Indian journal of veterinary science and animal husbandry - Volumes 15-17, 1948-1951
Year: 1948
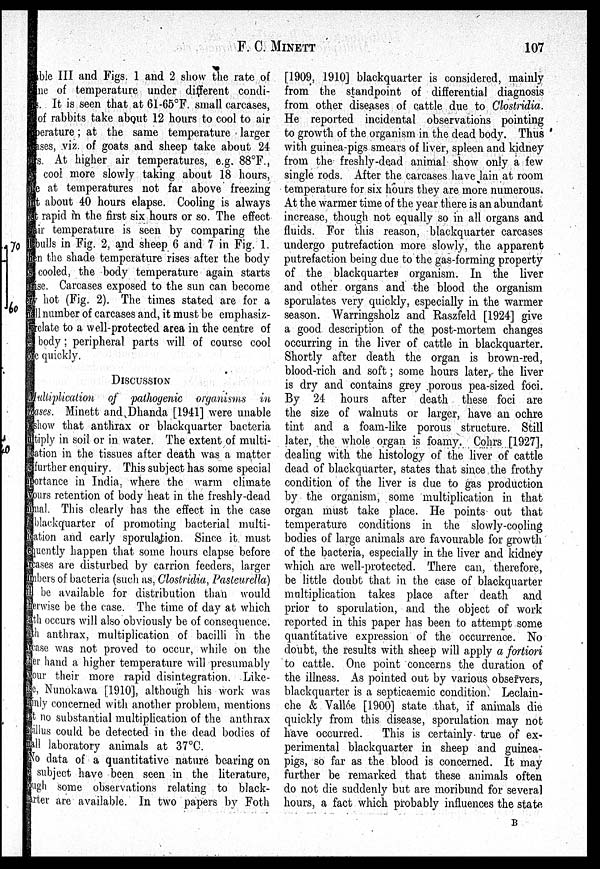
F. C. MINETT
107
ble III and Figs. 1 and 2 show the rate of
ne of temperature under different condi-
It is seen that at 61-65°F. small carcases,
of rabbits take about 12 hours to cool to air
erature; at the same temperature larger
cases, viz. of goats and sheep take about 24
s. At higher air temperatures, e.g. 88ºF.,
cool more slowly taking about 18 hours,
e at temperatures not far above freezing
t about 40 hours elapse. Cooling is always
t rapid in the first six hours or so. The effect
tir temperature is seen by comparing the
bulls in Fig. 2, and sheep 6 and 7 in Fig. 1.
m the shade temperature rises after the body
cooled, the body temperature again starts
ise. Carcases exposed to the sun can become
hot (Fig. 2). The times stated are for a
ll number of carcases and, it must be emphasiz-
relate to a well-protected area in the centre of
body; peripheral parts will of course cool
e quickly.
DISCUSSION
Mulliplication of pathogenic organisms in
ases. Minett and Dhanda [1941] were unable
show that anthrax or blackquarter bacteria
tiply in soil or in water. The extent of multi-
ation in the tissues after death was a matter
further enquiry. This subject has some special
ortance in India, where the warm climate
ours retention of body heat in the freshly-dead
nal. This clearly has the effect in the case
blackquarter of promoting bacterial multi-
ation and early sporulation. Since it must
quently happen that some hours elapse before
cases are disturbed by carrion feeders, larger
bers of bacteria, (such as, Clostridia, Pasteurella)
be available for distribution than would
erise be the case. The time of day at which
th occurs will also obviously be of consequence.
h anthrax, multiplication of bacilli in the
case was not proved to occur, while on the
er hand a higher temperature will presumably
our their more rapid disintegration. Like-
c, Nunokawa [1910], although his work was
inly concerned with another problem, mentions
t no substantial multiplication of the anthrax
illus could be detected in the dead bodies of
ill laboratory animals at 37°C.
No data of a quantitative nature bearing on
subject have been seen in the literature,
ugh some observations relating to black-
rter are available. In two papers by Foth
[1909, 1910] blackquarter is considered, mainly
from the standpoint of differential diagnosis
from other diseases of cattle due to Clostridia.
He reported incidental observations pointing
to growth of the organism in the dead body. Thus
with guinea-pigs smears of liver, spleen and kidney
from the freshly-dead animal show only a few
single rods. After the carcases have lain at room
temperature for six hours they are more numerous.
At the warmer time of the year there is an abundant
increase, though not equally so in all organs and
fluids. For this reason, blackquarter carcases
undergo putrefaction more slowly, the apparent
putrefaction being due to the gas-forming property
of the blackquarter organism. In the liver
and other organs and the blood the organism
sporulates very quickly, especially in the warmer
season. Warringsholz and Raszfeld [1924] give
a good description of the post-mortem changes
occurring in the liver of cattle in blackquarter.
Shortly after death the organ is brown-red,
blood-rich and soft; some hours later, the liver
is dry and contains grey porous pea-sized foci.
By 24 hours after death these foci are
the size of walnuts or larger, have an ochre
tint and a foam-like porous structure. Still
later, the whole organ is foamy. Cohrs [1927],
dealing with the histology of the liver of cattle
dead of blackquarter, states that since the frothy
condition of the liver is due to gas production
by the organism, some multiplication in that
organ must take place. He points out that
temperature conditions in the slowly-cooling
bodies of large animals are favourable for growth
of the bacteria, especially in the liver and kidney
which are well-protected. There can, therefore,
be little doubt that in the case of blackquarter
multiplication takes place after death and
prior to sporulation, and the object of work
reported in this paper has been to attempt some
quantitative expression of the occurrence. No
doubt, the results with sheep will apply a fortiori
to cattle. One point concerns the duration of
the illness. As pointed out by various observers,
blackquarter is a septicaemic condition. Leclain-
che & Vallée [1900] state that, if animals die
quickly from this disease, sporulation may not
have occurred.
This is certainly true of ex-
perimental blackquarter in sheep and guinea-
pigs, so far as the blood is concerned. It may
further be remarked that these animals often
do not die suddenly but are moribund for several
hours, a fact which probably influences the state
B